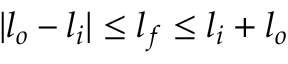
| l _ { o } - l _ { i } | \le l _ { f } \le l _ { i } + l _ { o }